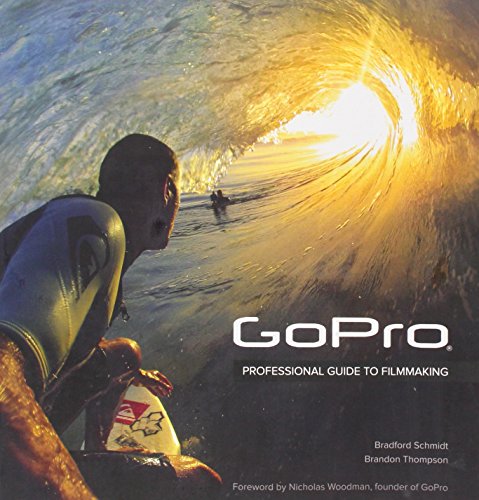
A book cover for GoPro: Professional Guide to Filmmaking [covers the HERO4 and all GoPro cameras]; Bradford Schmidt; Humor & Entertainment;